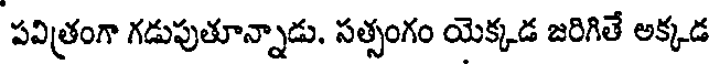
పవిత్రంగా గడుపుతూన్నాడు. సత్సంగం యెక్కడ జరిగితే అక్కడ